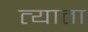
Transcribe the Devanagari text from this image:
त्याता